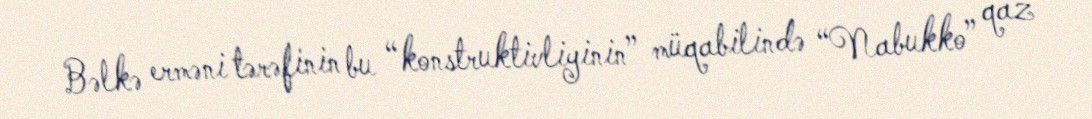
Bəlkə erməni tərəfinin bu “konstruktivliyinin” müqabilində “Nabukko” qaz